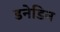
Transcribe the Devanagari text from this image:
डनेडिन